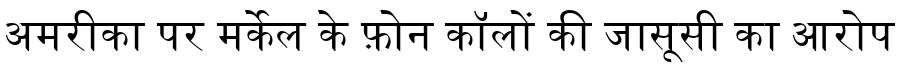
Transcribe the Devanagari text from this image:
अमरीका पर मर्केल के फ़ोन कॉलों की जासूसी का आरोप